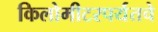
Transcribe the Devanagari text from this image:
किलोमीटरपर्यंतचे